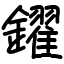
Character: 鑃